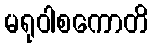
မရုဝါစကောတိ